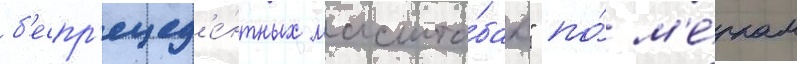
б'еспр'ецед'е́нтных масшта́бах" по́ м'е́ркам